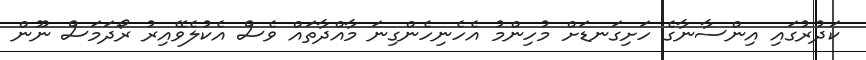
ކަދުރުގައި އިންސާނާގެ ހަށިގަނޑަށް މުހިންމު އެހެނިހެންގިނަ މާއްދާތައް ވެސް އެކުލެވޭއިރު ރޯދަމަސް ނޫން